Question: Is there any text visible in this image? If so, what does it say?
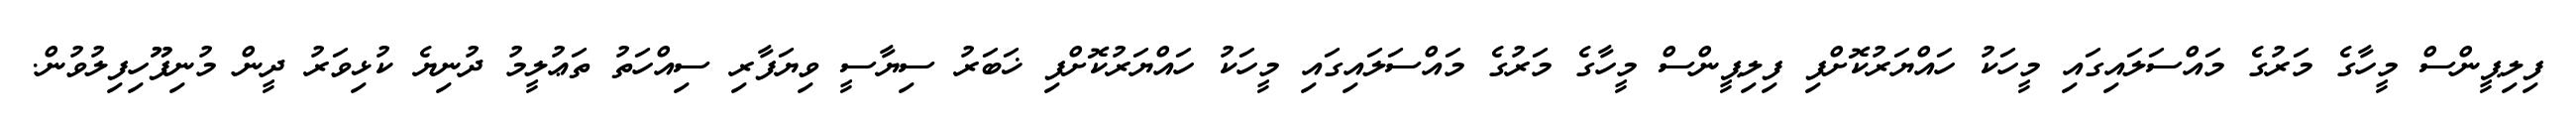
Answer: ފިލިޕީންސް މީހާގެ މަރުގެ މައްސަލައިގައި މީހަކު ހައްޔަރުކޮށްފި ފިލިޕީންސް މީހާގެ މަރުގެ މައްސަލައިގައި މީހަކު ހައްޔަރުކޮށްފި ޚަބަރު ސިޔާސީ ވިޔަފާރި ސިއްހަތު ތަޢުލީމު ދުނިޔެ ކުޅިވަރު ދީން މުނިފޫހިފިލުވުން.